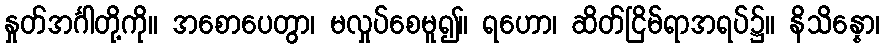
နှုတ်အင်္ဂါတို့ကို။ အစောပေတွာ၊ မလှုပ်စေမူ၍။ ရဟော၊ ဆိတ်ငြိမ်ရာအရပ်၌။ နိသိန္နော၊